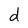
Character: d